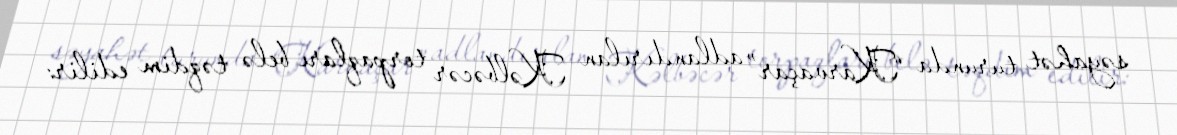
səyahət turunda “Karvaçar” adlandırılan Kəlbəcər torpaqları belə təqdim edilir: